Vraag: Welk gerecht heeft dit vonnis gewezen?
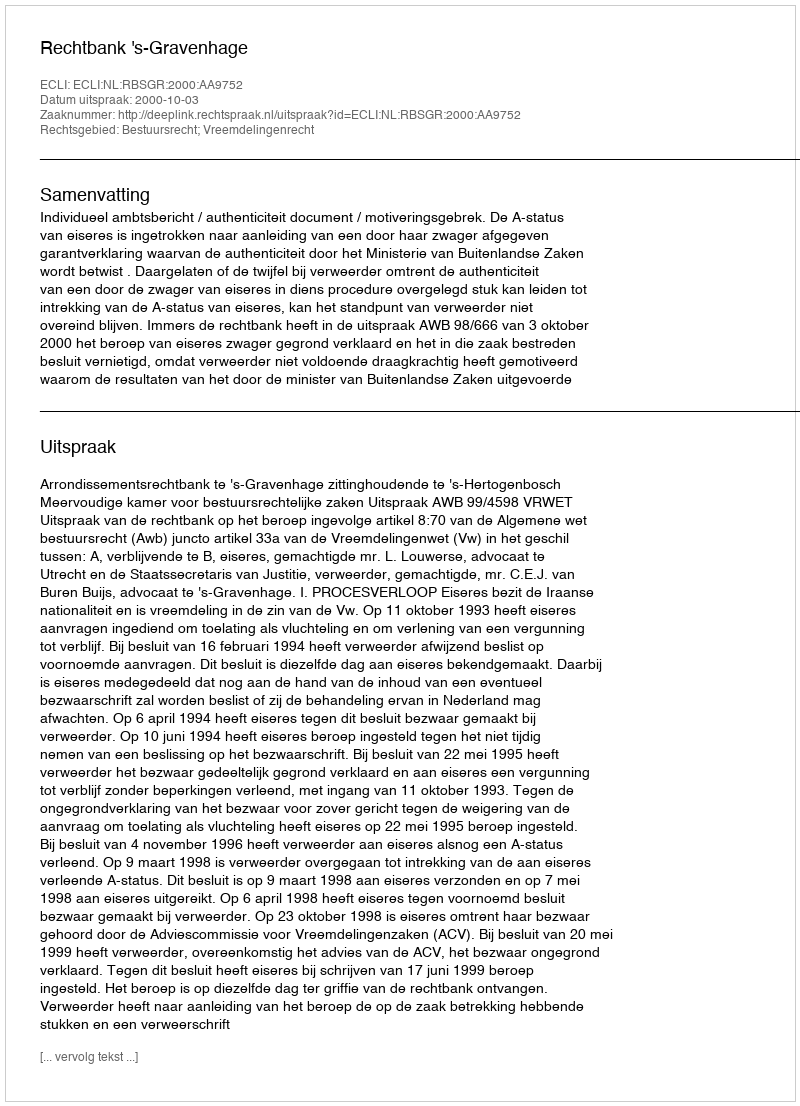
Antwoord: Rechtbank 's-Gravenhage